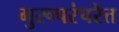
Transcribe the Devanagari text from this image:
गुरूपरंपरेत